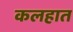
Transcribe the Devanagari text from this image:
कलहात